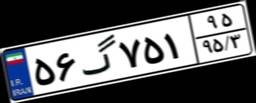
۵۶گ۷۵۱۹۵